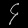
Digit: ၄